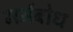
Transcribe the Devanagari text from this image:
मर्मबोध